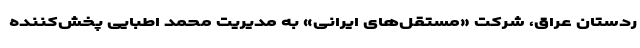
ردستان عراق، شرکت «مستقل‌های ایرانی» به مدیریت محمد اطبایی پخش‌کننده